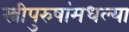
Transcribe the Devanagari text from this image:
स्त्रीपुरुषांमधल्या